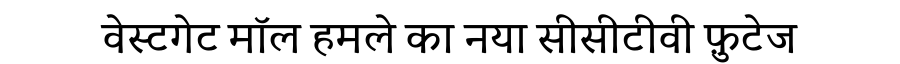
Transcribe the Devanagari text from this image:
वेस्टगेट मॉल हमले का नया सीसीटीवी फ़ुटेज